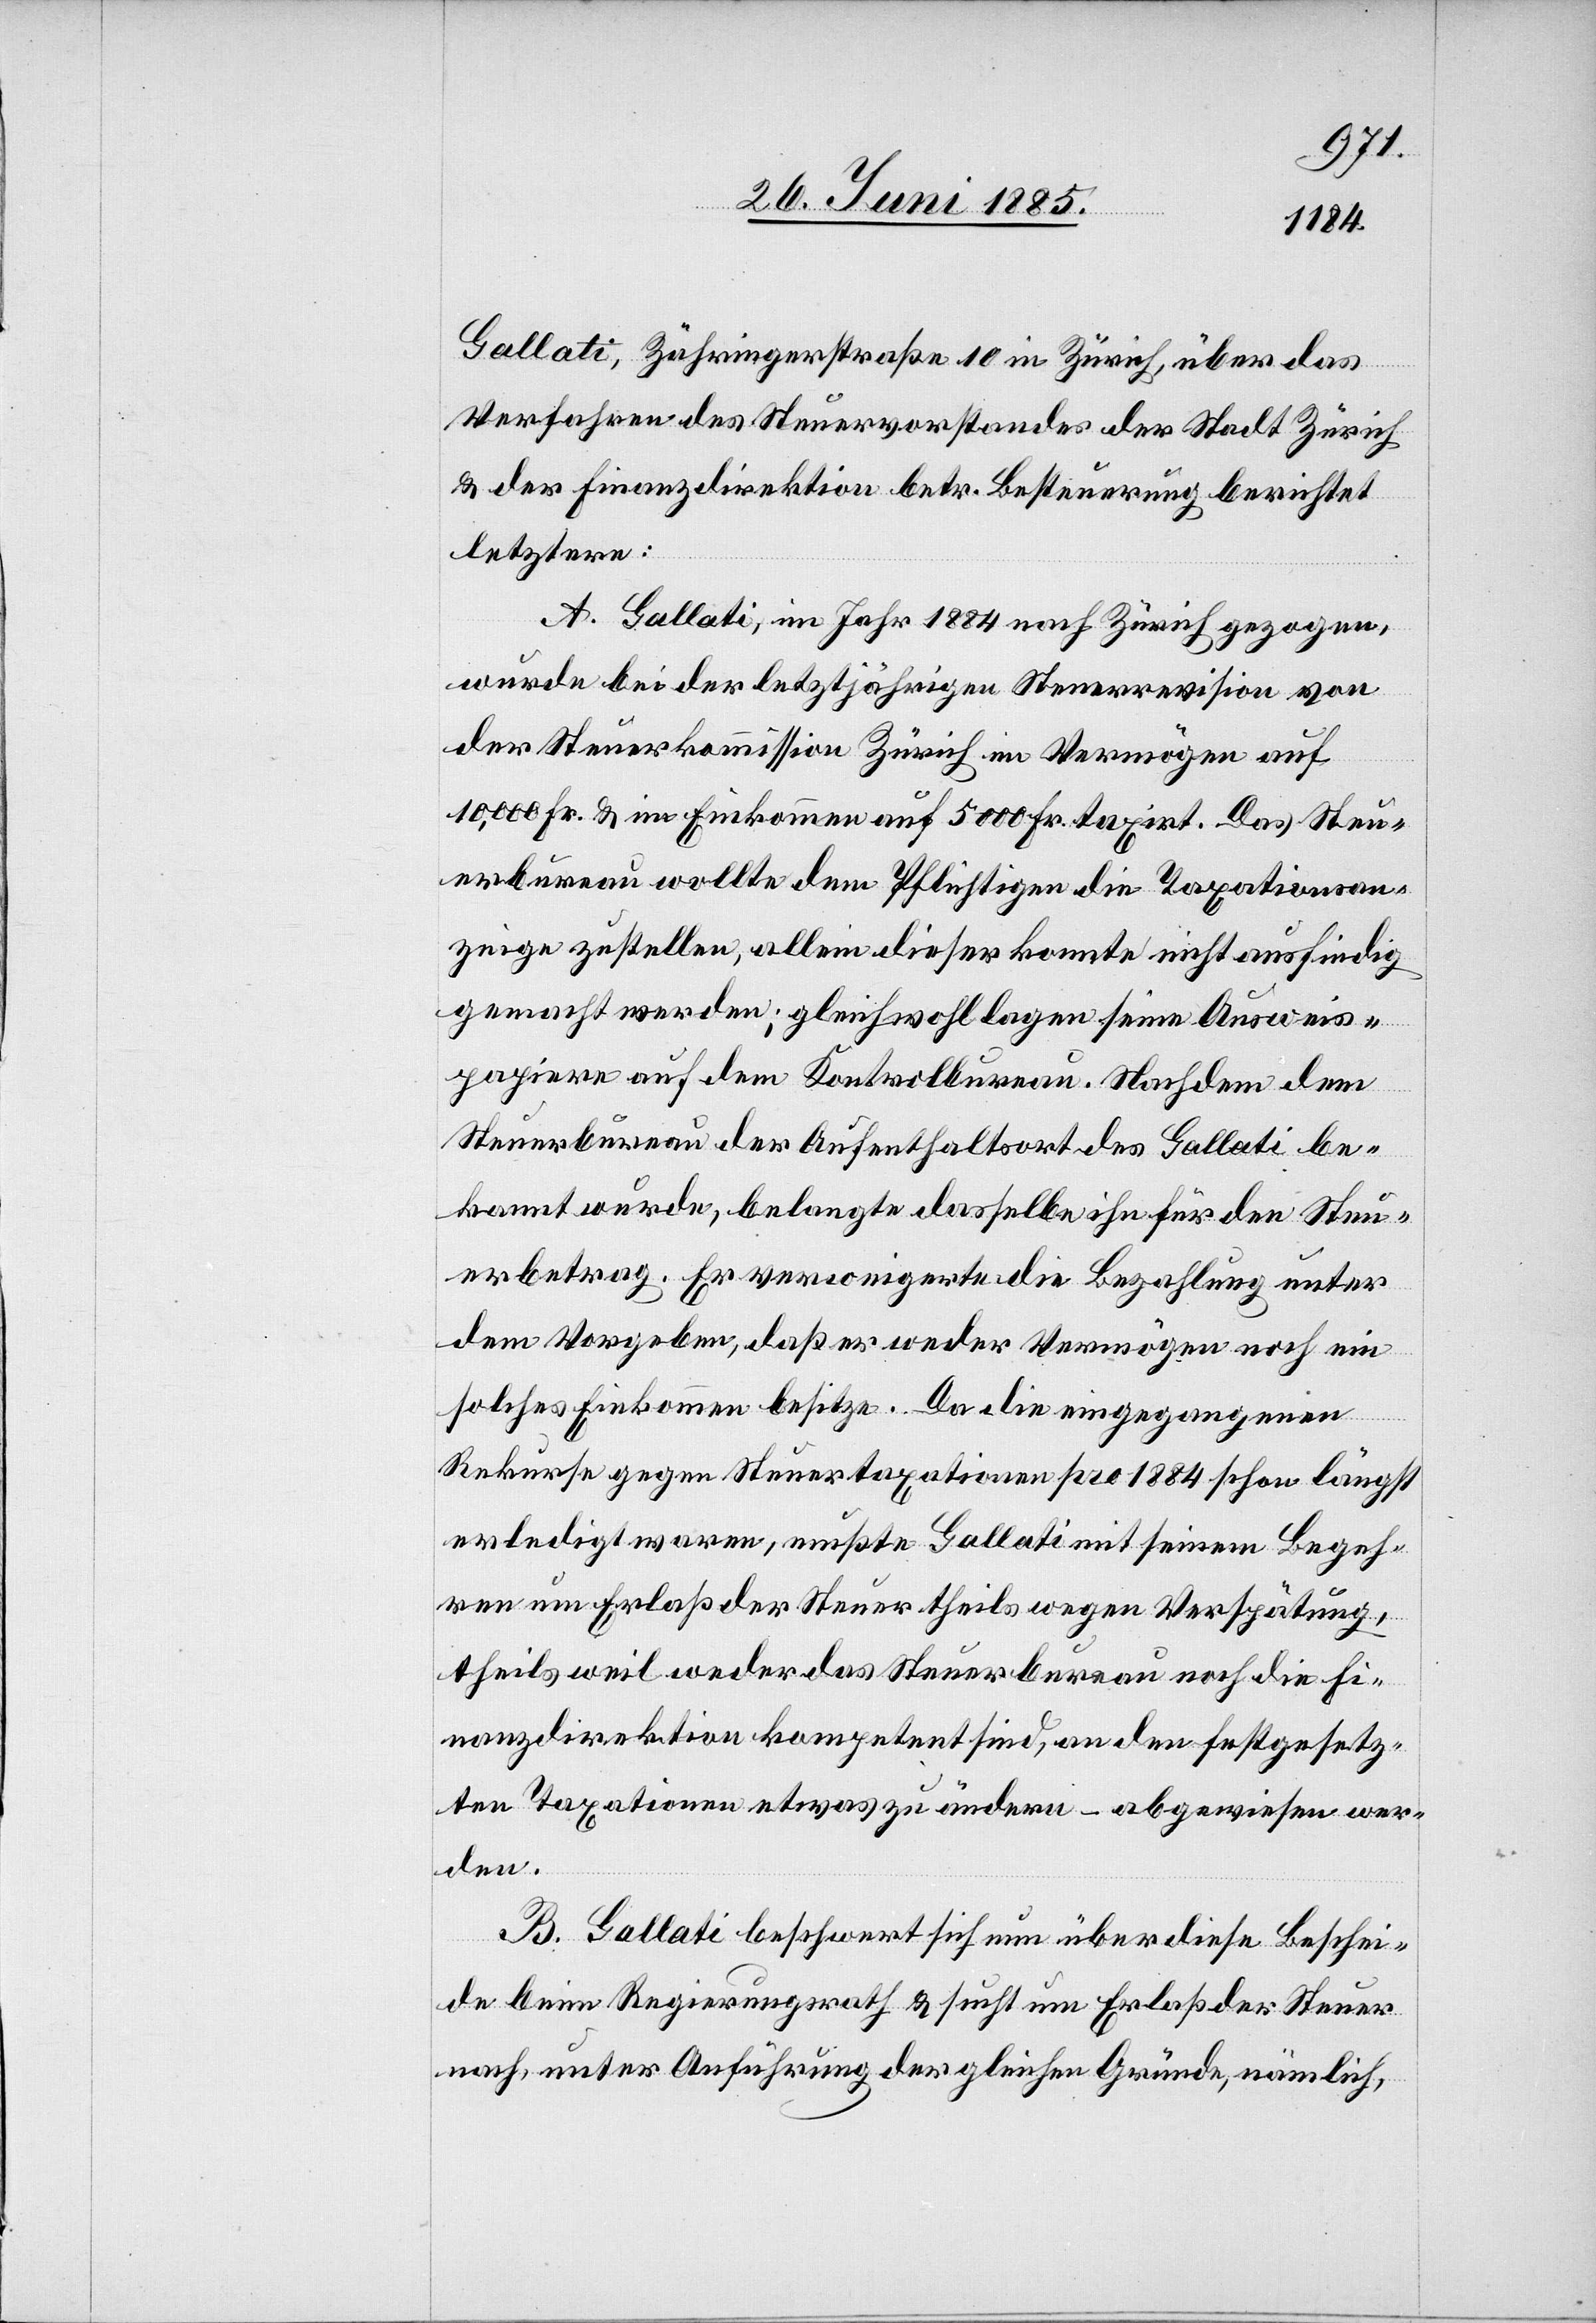
Gallati, Zähringerstraße 10 in Zürich, über das
Verfahren des Steuervorstandes der Stadt Zürich
& der Finanzdirektion betr. Besteuerung berichtet
letztere:
A. Gallati, im Jahr 1884 nach Zürich gezogen,
wurde bei der letztjährigen Steuerrevision von
der Steuerkommission Zürich im Vermögen auf
10,000 Fr. & im Einkommen auf 5000 Fr. taxirt. Das Steu¬
erbureau wollte dem Pflichtigen die Taxationsan¬
zeige zustellen, allein dieser konnte nicht ausfindig
gemacht werden; gleichwohl lagen seine Ausweis¬
papiere auf dem Kontrollbureau. Nachdem dem
Steuerbureau der Aufenthaltsort des Gallati be¬
kannt wurde, belangte dasselbe ihn für den Steu¬
erbetrag. Er verweigerte die Bezahlung unter
der Vorgabe, daß er weder Vermögen noch ein
solches Einkommen besitze. Da die eingegangenen
Rekurse gegen Steuertaxationen pro 1884 schon längst
erledigt waren, mußte Gallati mit seinem Begeh¬
ren um Erlaß der Steuer theils wegen Verspätung,
theils weil weder das Steuerbureau noch die Fi¬
nanzdirektion kompetent sind, an den festgesetz¬
ten Taxationen etwas zu ändern – abgewiesen wer¬
den.
B. Gallati beschwert sich nun über diese Beschei¬
de beim Regierungsrath & sucht um Erlaß der Steuer
nach, unter Ausführung der gleichen Gründe, nämlich,